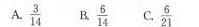
A. \frac{3}{14} B. \frac{6}{14} C. \frac{6}{21}